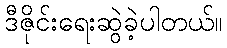
ဒီဇိုင်းရေးဆွဲခဲ့ပါတယ်။